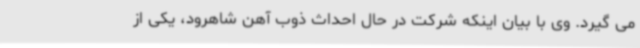
می گیرد. وی با بیان اینکه شرکت در حال احداث ذوب آهن شاهرود، یکی از